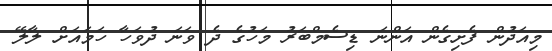
މިއަދުން ފެށިގެން އަންނަ ޑިސެމްބަރު މަހުގެ ދެ ވަނަ ދުވަހާ ހަމައަށް ލާލޭ